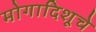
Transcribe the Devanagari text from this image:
मोगादिशूचे